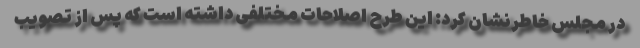
در مجلس خاطرنشان کرد: این طرح اصلاحات مختلفی داشته است که پس از تصویب